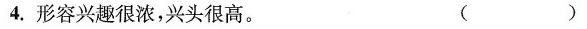
4.形容兴趣很浓，兴头很高。 ( )